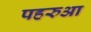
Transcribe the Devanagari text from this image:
पहरुआ